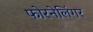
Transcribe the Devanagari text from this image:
फोरनेलिंगर